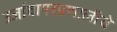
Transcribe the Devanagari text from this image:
उर्जावापरप्रणालीचे